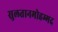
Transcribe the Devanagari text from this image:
सुलतानमोहम्मद